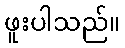
ဖူးပါသည်။